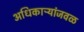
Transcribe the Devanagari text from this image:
अधिकाऱ्यांजवळ